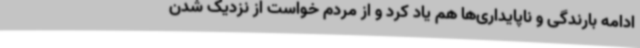
ادامه بارندگی و ناپایداری‌ها هم یاد کرد و از مردم خواست از نزدیک شدن